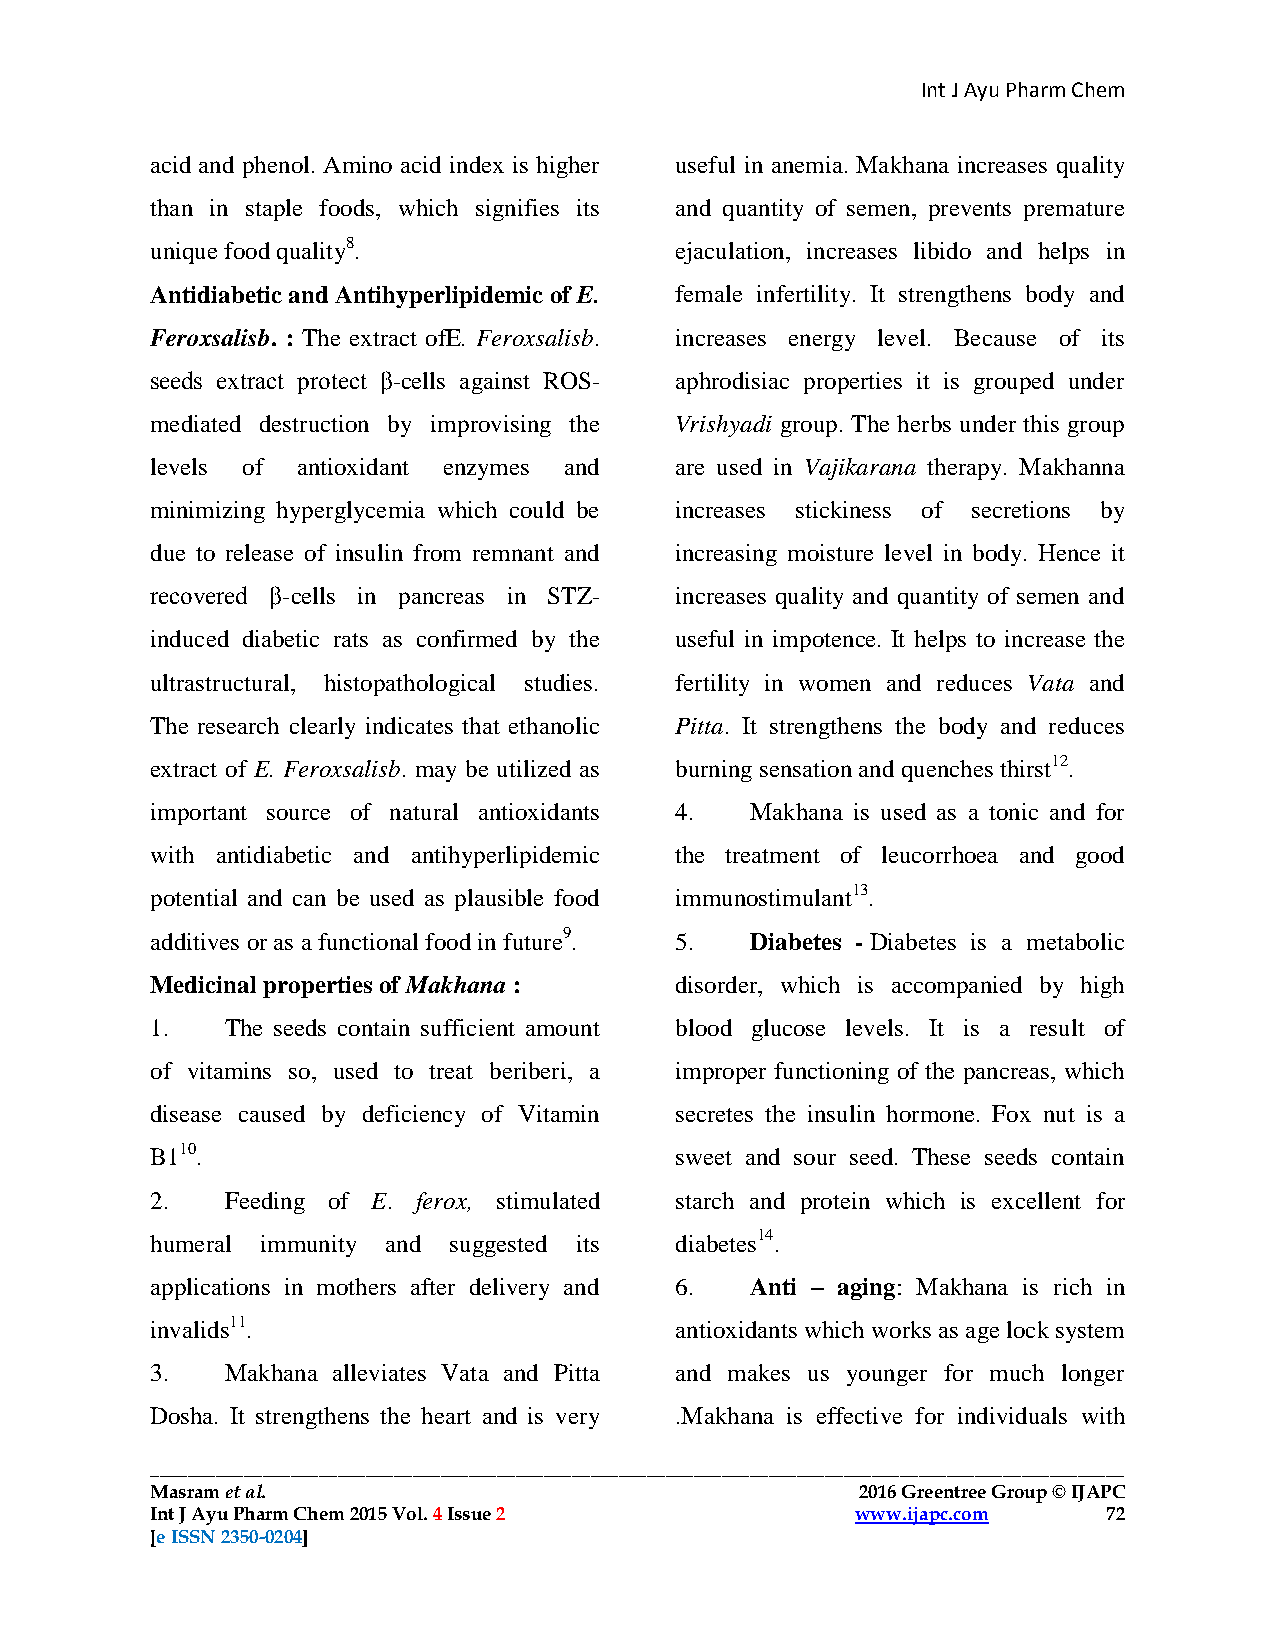
Int J Ayu Pharm Chem
 acid and phenol. Amino acid index is higher useful in anemia. Makhana increases quality
 than in staple foods, which signifies its and quantity of semen, prevents premature
 unique food quality8.              ejaculation, increases libido and helps in
 Antidiabetic and Antihyperlipidemic of E. female infertility. It strengthens body and
 Feroxsalisb. : The extract ofE. Feroxsalisb. increases energy level. Because of its
 seeds extract protect β-cells against ROS- aphrodisiac properties it is grouped under
 mediated destruction by improvising the Vrishyadi group. The herbs under this group
 levels of antioxidant enzymes and  are used in Vajikarana therapy. Makhanna
 minimizing hyperglycemia which could be increases stickiness of secretions by
 due to release of insulin from remnant and increasing moisture level in body. Hence it
 recovered β-cells in pancreas in STZ- increases quality and quantity of semen and
 induced diabetic rats as confirmed by the useful in impotence. It helps to increase the
 ultrastructural, histopathological studies. fertility in women and reduces Vata and
 The research clearly indicates that ethanolic Pitta. It strengthens the body and reduces
 extract of E. Feroxsalisb. may be utilized as burning sensation and quenches thirst12.
 important source of natural antioxidants 4. Makhana is used as a tonic and for
 with antidiabetic and antihyperlipidemic the treatment of leucorrhoea and good
 potential and can be used as plausible food immunostimulant13.
 additives or as a functional food in future9. 5. Diabetes - Diabetes is a metabolic
 Medicinal properties of Makhana :  disorder, which is accompanied by high
 1.   The seeds contain sufficient amount blood glucose levels. It is a result of
 of vitamins so, used to treat beriberi, a improper functioning of the pancreas, which
 disease caused by deficiency of Vitamin secretes the insulin hormone. Fox nut is a
 B110.                              sweet and sour seed. These seeds contain
 2.   Feeding of E. ferox, stimulated starch and protein which is excellent for
 humeral immunity and suggested its diabetes14.
 applications in mothers after delivery and 6. Anti – aging: Makhana is rich in
 invalids11.                        antioxidants which works as age lock system
 3.   Makhana alleviates Vata and Pitta and makes us younger for much longer
 Dosha. It strengthens the heart and is very .Makhana is effective for individuals with
 ________________________________________________________________________________________________________
 Masram et al.                                  2016 Greentree Group © IJAPC     2015 Greentree Group © IJAPC
 Int J Ayu Pharm Chem 2015 Vol. 4 Issue 2       www.ijapc.com   72
 [e ISSN 2350-0204]